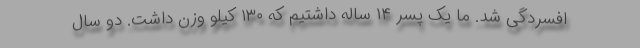
افسردگی شد. ما یک پسر ۱۴ ساله داشتیم که ۱۳۰ کیلو وزن داشت. دو سال